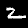
Digit: 2